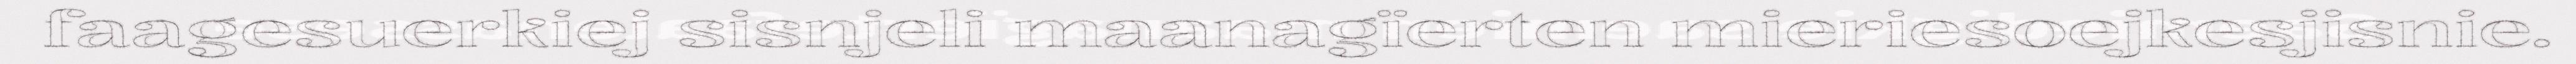
faagesuerkiej sisnjeli maanagïerten mieriesoejkesjisnie.